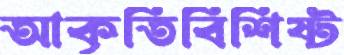
আকৃতিবিশিষ্ট